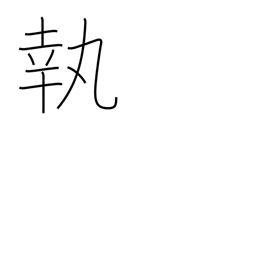
Meaning: take to heart